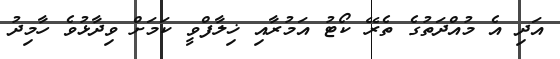
އަދި އެ މުއްދަތުގެ ތެރޭ ކޯޓު އަމުރާއި ޚިލާފްވީ ކަމަށް ވިދާޅުވެ ހާމިދު